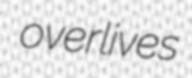
overlives